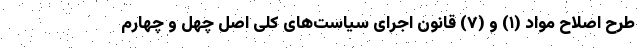
طرح اصلاح مواد (۱) و (۷) قانون اجرای سیاست‌های کلی اصل چهل و چهارم